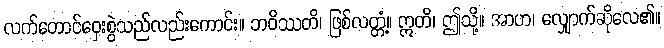
လက်တောင်ဝှေးစွဲသည်လည်းကောင်း။ ဘဝိဿတိ၊ ဖြစ်လတ္တံ့။ ဣတိ၊ ဤသို့။ အာဟ၊ လျှောက်ဆိုလေ၏။